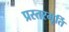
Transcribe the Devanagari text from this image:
प्रस्तरमूर्ति